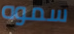
سموه